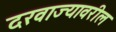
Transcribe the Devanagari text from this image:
दरवाज्यावरील